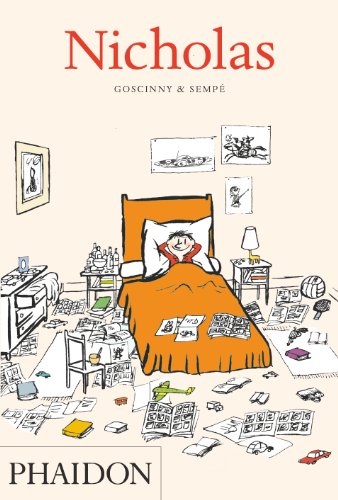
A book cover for Nicholas; RenÃ© Goscinny; Teen & Young Adult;